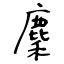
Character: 麇